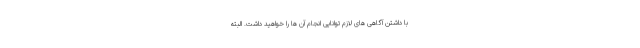
با داشتن آگاهی های لازم توانایی انجام آن ها را خواهید داشت. البته